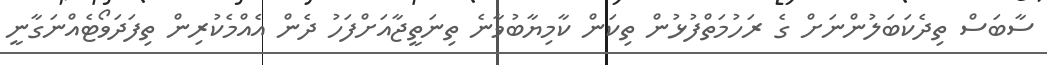
ސާބަސް ތިދެކަބަލުންނަށް ގެ ރަހުމަތްފުޅުން ތިކަން ކާމިޔާބުވާނެ ތިނަތީޖާއަށްފަހު ދެން އެއްމެކުރިން ތިފަދަވޯޓެއްނަގާނީ